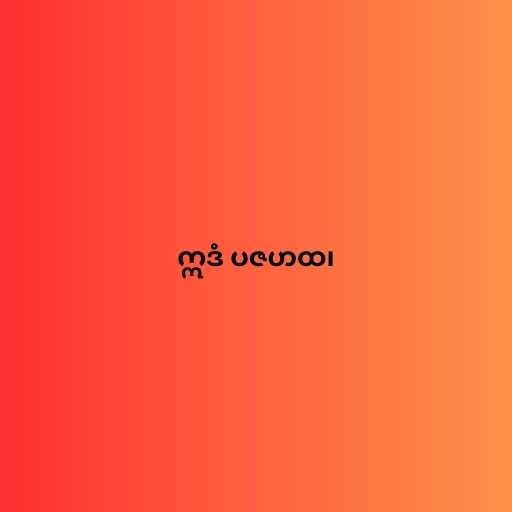
ဣဒံ ပဇဟထ၊